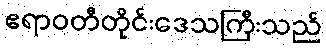
ဧရာဝတီတိုင်းဒေသကြီးသည်